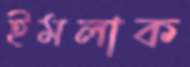
ইমলাক